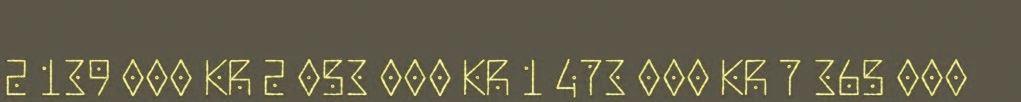
2 139 000 KR 2 053 000 KR 1 473 000 KR 7 365 000